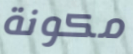
مكونة